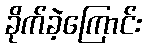
ခိုက်ခဲ့ကြောင်း